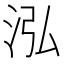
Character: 泓